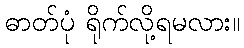
ဓာတ်ပုံ ရိုက်လို့ရမလား။